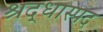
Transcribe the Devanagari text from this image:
श्रद्धास्पद